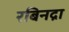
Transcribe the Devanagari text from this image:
रबिनद्रा